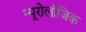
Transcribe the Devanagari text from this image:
न्यूरोलॉजिक